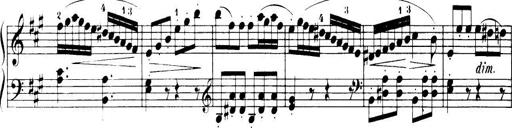
Title: 32 Sonatinas and Rondos for the Piano
Composer: Richard Kleinmichel